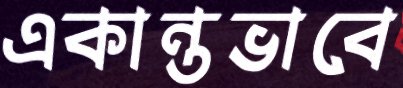
একান্তভাবে